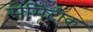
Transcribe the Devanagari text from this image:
सेमिटीक